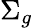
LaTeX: \Sigma_{g}